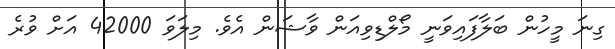
ގިނަ މީހުން ބަލާފައިވަނީ މޯލްޑިވިއަން ވާޝަން އެވެ. މިލަވަ 42000 އަށް ވުރެ